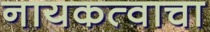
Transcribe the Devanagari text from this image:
नायकत्वाचा